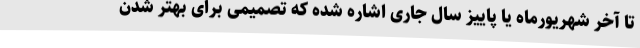
تا آخر شهریورماه یا پاییز سال جاری اشاره شده که تصمیمی برای بهتر شدن